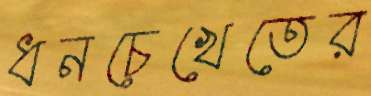
ধনচেখেতের